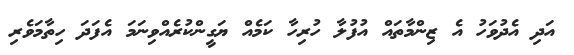
އަދި އެދުވަހު އެ ޒިންމާތައް އުފުލާ ހުރިހާ ކަމެއް ޔަގީންކުރެއްވިނަމަ އެފަދަ ހިތާމަވެރި